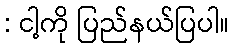
: ငါ့ကို ပြည်နယ်ပြပါ။